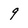
Character: 9